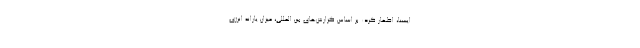
ایسنا، اظهار کرد: بر اساس گزارش‌های بین المللی، میزان یارانه انرژی